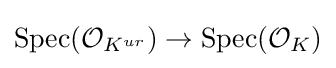
{\text{Spec}}({\mathcal {O}}_{K^{ur}})\to {\text{Spec}}({\mathcal {O}}_{K})